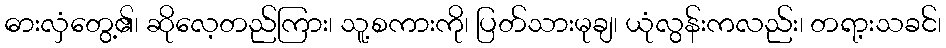
ဓားလှံတွေ့၏၊ ဆိုလေ့တည်ကြား၊ သူ့စကားကို၊ ပြတ်သားမုချ၊ ယုံလွန်းကလည်း၊ တရာ့းသခင်၊